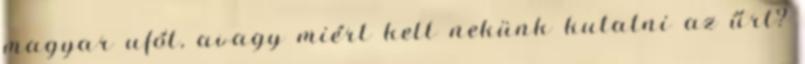
magyar ufót, avagy miért kell nekünk kutatni az űrt?